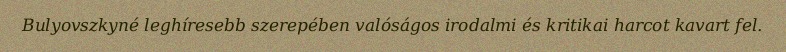
Bulyovszkyné leghíresebb szerepében valóságos irodalmi és kritikai harcot kavart fel.